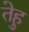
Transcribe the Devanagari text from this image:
तेहु